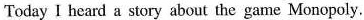
Today I heard a story about the game Monopoly.